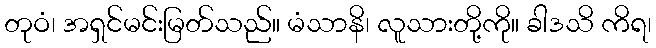
တုဝံ၊ အရှင်မင်းမြတ်သည်။ မံသာနိ၊ လူသားတို့ကို။ ခါဒသိ ကိရ၊